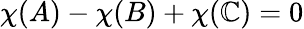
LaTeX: \chi(A)-\chi(B)+\chi(\mathbb{C})=0